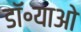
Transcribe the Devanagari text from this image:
डॉ॰याओ